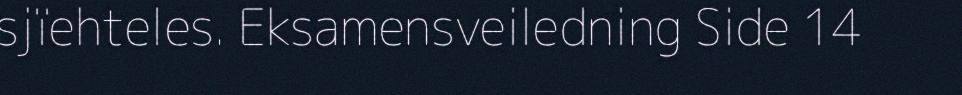
sjïehteles. Eksamensveiledning Side 14